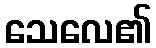
သေလေ၏